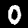
Digit: 0